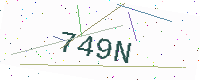
Text: 749N